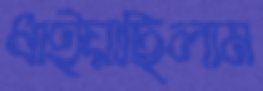
ধাইয়াছিলাম